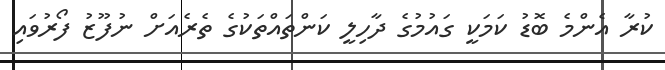
ކުރާ އެންމެ ބޮޑު ކަމަކީ ގައުމުގެ ދާހިލީ ކަންތައްތަކުގެ ތެރެއަށް ނުފޫޒު ފޯރުވައި